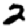
Digit: 2